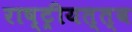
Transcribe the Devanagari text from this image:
राष्ट्रीयत्त्व